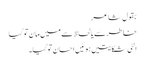
بقول شاعر
خاطرسے یالحاظ سے میں مان توگیا
الٹی شکایتیں ہوئیں احسان توگیا۔